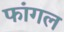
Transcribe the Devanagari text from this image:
फांगल